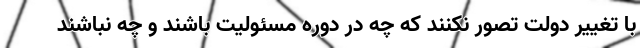
با تغییر دولت تصور نکنند که چه در دوره مسئولیت باشند و چه نباشند